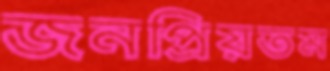
জনপ্রিয়তম